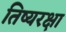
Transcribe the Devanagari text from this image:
तिष्यरक्षा